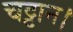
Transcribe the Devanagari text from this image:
चट्टान।